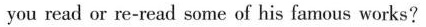
you read or re-read some of his famous works?